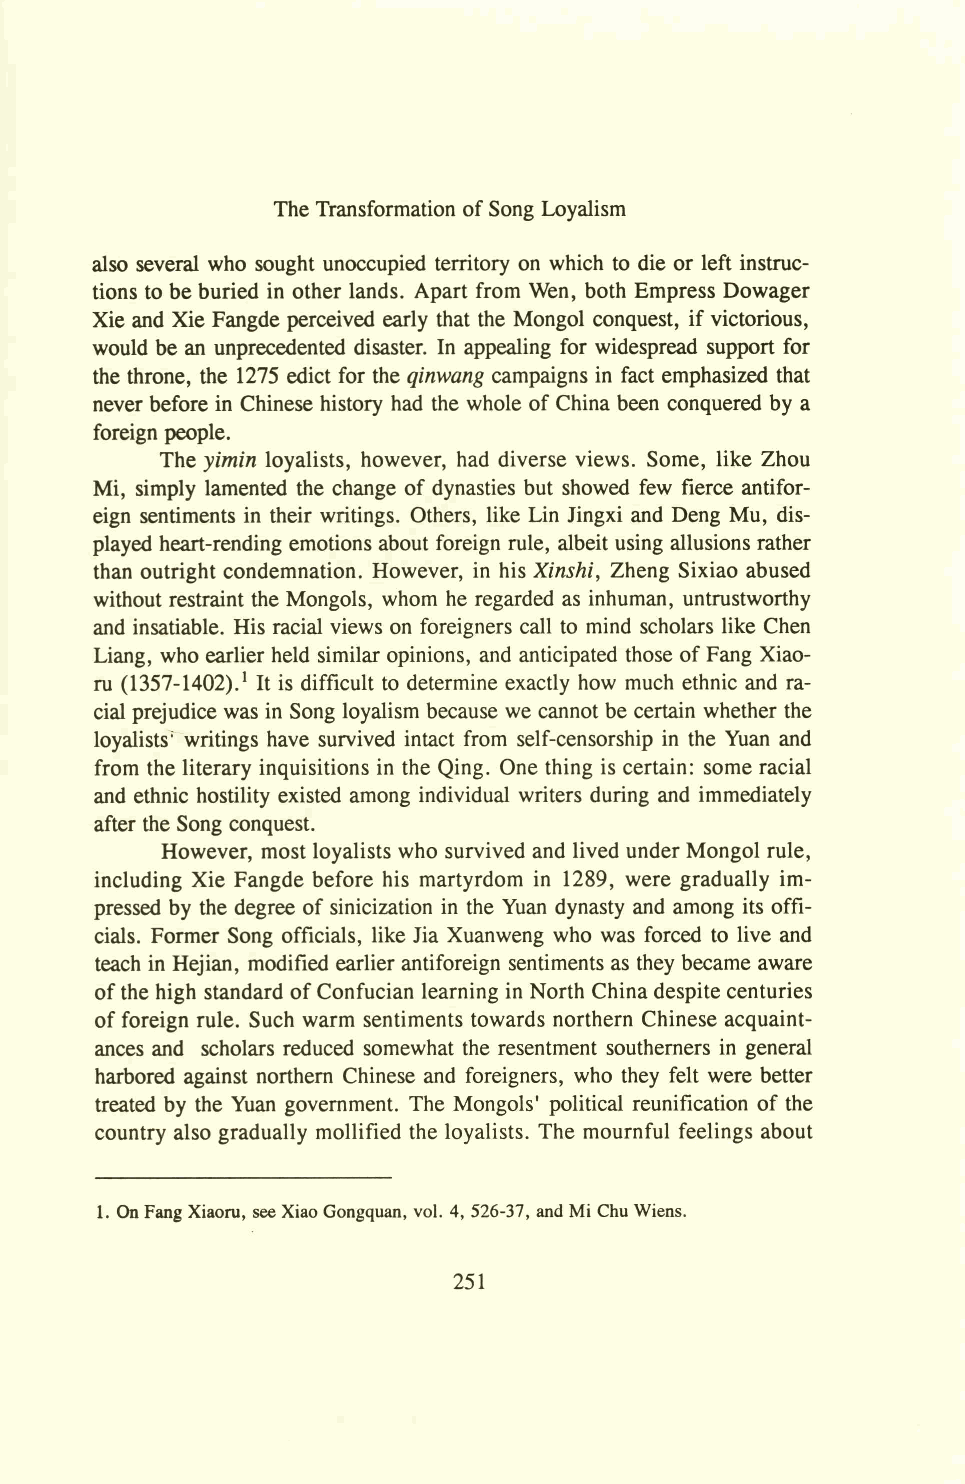
The Transformation of Song Loyalism
 also several who sought unoccupied territory on which to die or left instruc­
 tions to be buried in other lands. Apart from Wen, both Empress Dowager
 Xie and Xie Fangde perceived early that the Mongol conquest, if victorious,
 would be an unprecedented disaster. In appealing for widespread support for
 the throne, the 1275 edict for the qinwang campaigns in fact emphasized that
 never before in Chinese history had the whole of China been conquered by a
 foreign people.
 The yimin loyalists, however, had diverse views. Some, like Zhou
 Mi, simply lamented the change of dynasties but showed few fierce antifor-
 eign sentiments in their writings. Others, like Lin Jingxi and Deng Mu, dis­
 played heart-rending emotions about foreign rule, albeit using allusions rather
 than outright condemnation. However, in his Xinshi, Zheng Sixiao abused
 without restraint the Mongols, whom he regarded as inhuman, untrustworthy
 and insatiable. His racial views on foreigners call to mind scholars like Chen
 Liang, who earlier held similar opinions, and anticipated those of Fang Xiao-
 ru (1357-1402).* It is difficult to determine exactly how much ethnic and ra­
 cial prejudice was in Song loyalism because we cannot be certain whether the
 loyalists' writings have survived intact from self-censorship in the Yuan and
 from the literary inquisitions in the Qing. One thing is certain: some racial
 and ethnic hostility existed among individual writers during and immediately
 after the Song conquest.
 However, most loyalists who survived and lived under Mongol rule,
 including Xie Fangde before his martyrdom in 1289, were gradually im­
 pressed by the degree of sinicization in the Yuan dynasty and among its offi­
 cials. Former Song officials, like Jia Xuanweng who was forced to live and
 teach in Hejian, modified earlier antiforeign sentiments as they became aware
 of the high standard of Confucian learning in North China despite centuries
 of foreign rule. Such warm sentiments towards northern Chinese acquaint­
 ances and scholars reduced somewhat the resentment southerners in general
 harbored against northern Chinese and foreigners, who they felt were better
 treated by the Yuan government. The Mongols' political reunification of the
 country also gradually mollified the loyalists. The mournful feelings about
 1. On Fang Xiaoru, see Xiao Gongquan, vol. 4, 526-37, and Mi Chu Wiens.
 251